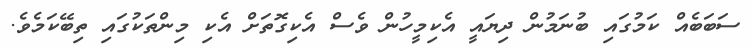
ސަބަބެއް ކަމުގައި ބުނަމުން ދިޔައީ އެކިމީހުން ވެސް އެކިގޮތަށް އެކި މިންތަކުގައި ތިބޭކަމެވެ.